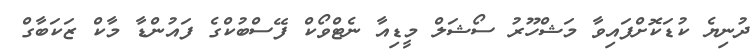
ދުނިޔެ ކުޑަކޮށްފައިވާ މަޝްހޫރު ސޯޝަލް މީޑިއާ ނެޓްވޯކް ފޭސްބުކްގެ ފައުންޑާ މާކް ޒަކަބާގް